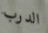
الدرب